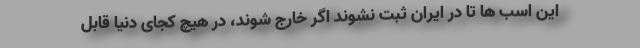
این اسب ها تا در ایران ثبت نشوند اگر خارج شوند، در هیچ کجای دنیا قابل